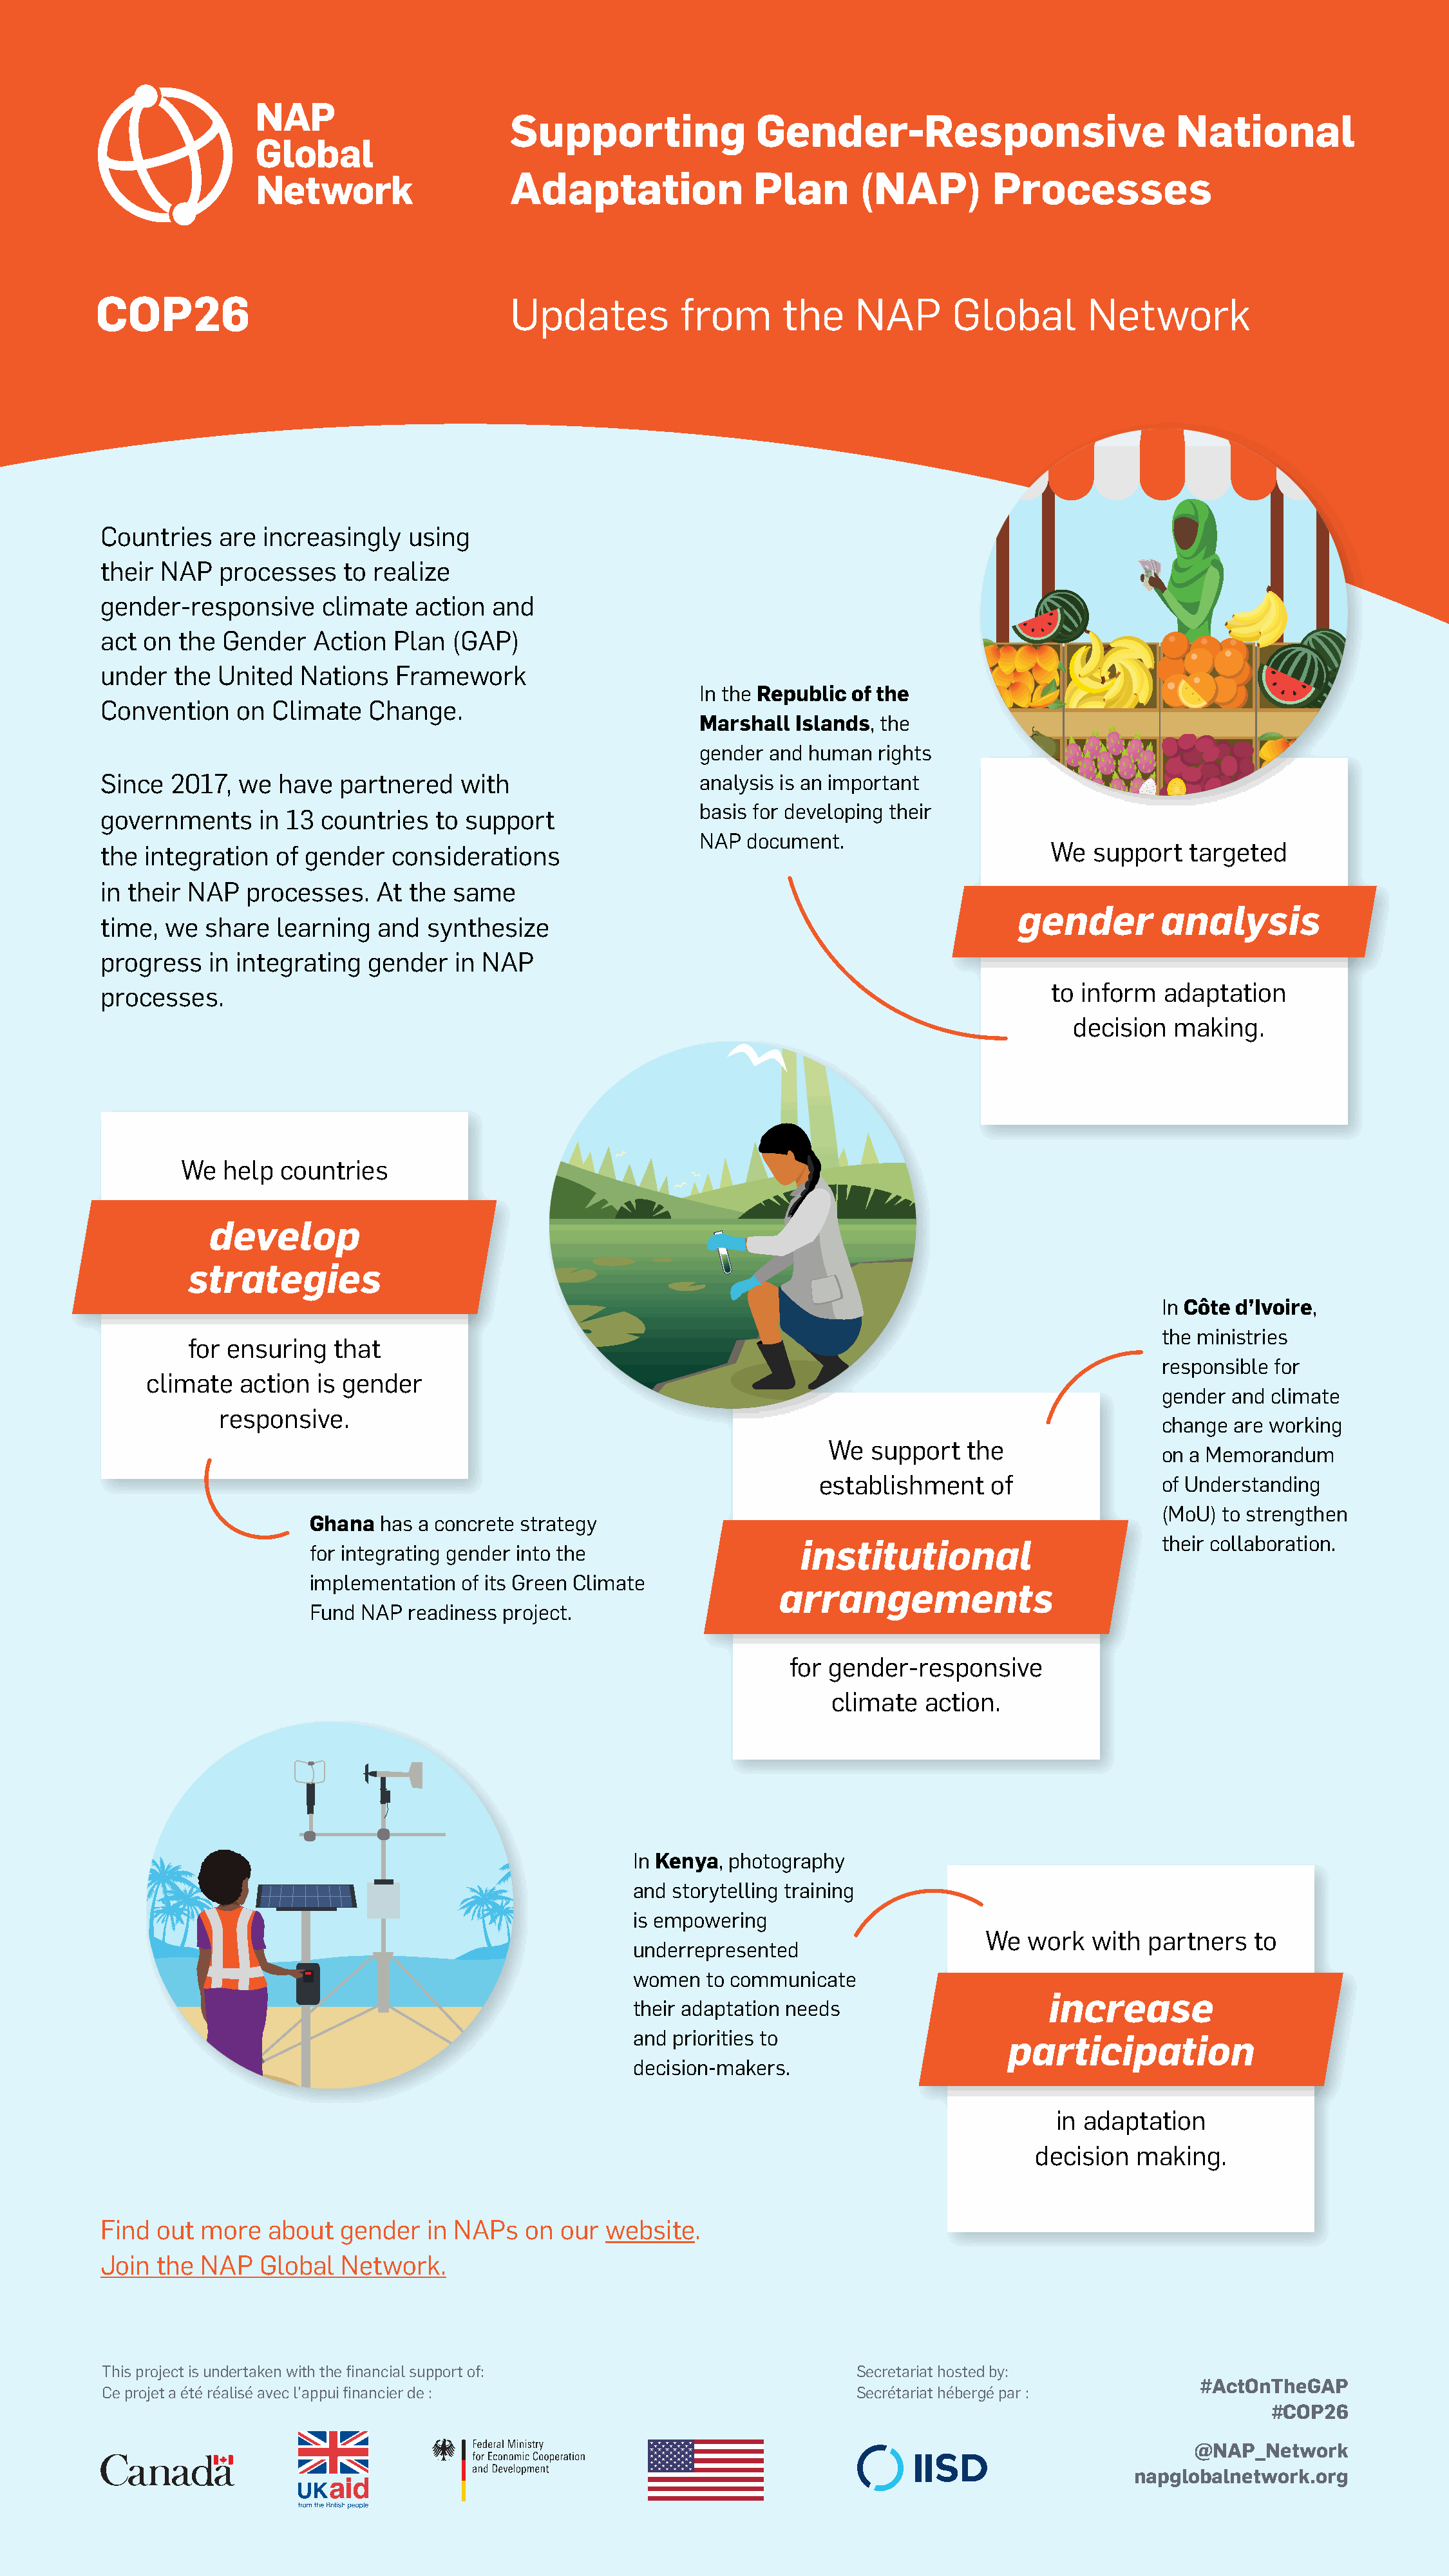
Supporting                Gender-Responsive                          National
 Adaptation               Plan       (NAP)         Processes
 Updates           from      the     NAP       Global        Network
 Countries    are increasingly   using
 their  NAP   processes   to realize
 gender-responsive      climate   action  and
 act  on the  Gender   Action  Plan   (GAP)
 under   the United   Nations   Framework
 In the Republic of the
 Convention    on  Climate   Change.
 Marshall  Islands, the
 gender and human  rights
 Since   2017,  we  have  partnered   with                     analysis is an important
 basis for developing their
 governments      in 13 countries   to support
 NAP  document.
 the  integration  of gender   considerations                                                      We  support   targeted
 in their NAP   processes.    At the  same
 gender        analysis
 time,  we  share  learning   and  synthesize
 progress   in integrating   gender   in NAP
 to inform   adaptation
 processes.
 decision   making.
 We  help  countries
 develop
 strategies
 In Côte d’Ivoire,
 the ministries
 for ensuring   that
 responsible for
 climate   action  is gender
 gender  and climate
 responsive.
 change  are working
 We  support   the
 on a Memorandum
 establishment     of               of Understanding
 (MoU)  to strengthen
 Ghana  has a concrete strategy
 their collaboration.
 institutional
 for integrating gender into the
 implementation of its Green Climate
 arrangements
 Fund NAP  readiness project.
 for gender-responsive
 climate   action.
 In Kenya, photography
 and storytelling training
 is empowering
 We   work  with  partners   to
 underrepresented
 women   to communicate
 increase
 their adaptation needs
 and priorities to
 participation
 decision-makers.
 in adaptation
 decision   making.
 Find  out  more   about  gender   in NAPs   on  our website.
 Join  the  NAP   Global  Network.
 This project is undertaken with the financial support of:                     Secretariat hosted by:
 #ActOnTheGAP
 Ce projet a été réalisé avec l’appui financier de :                           Secrétariat hébergé par :
 #COP26
 @NAP_Network
 napglobalnetwork.org